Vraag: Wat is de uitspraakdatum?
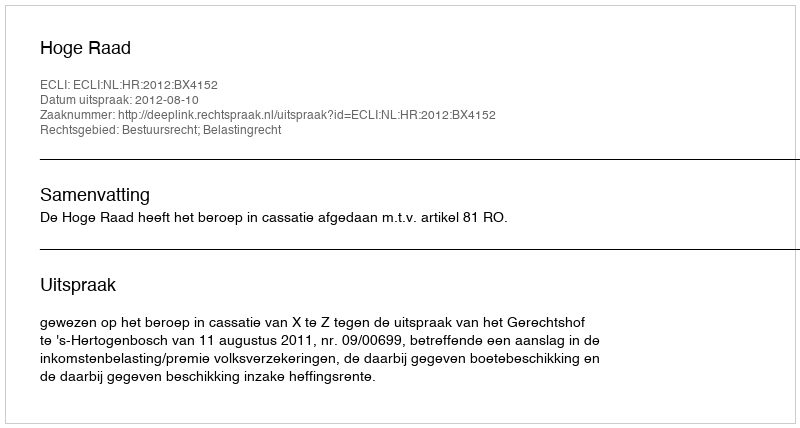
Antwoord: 2012-08-10